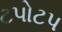
ટપોટપ